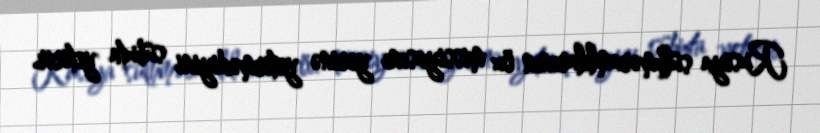
Rusiya sülhməramlılarının öz missiyasını yerinə yetirmədiyini sübuta yetirir.